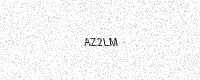
Text: AZ2LM